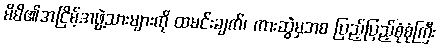
မိမိ၏အငြိမ့်အဖွဲ့သားများကို ထမင်းချက်၊ ကားဆွဲမှအစ ပြည့်ပြည့်စုံစုံကြီး